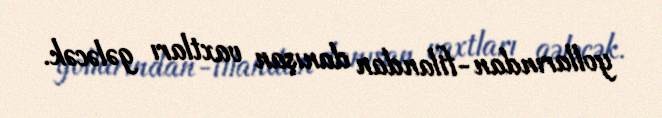
yollarından-filandan danışan vaxtları gələcək.